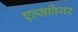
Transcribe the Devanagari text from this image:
एल्सवियर